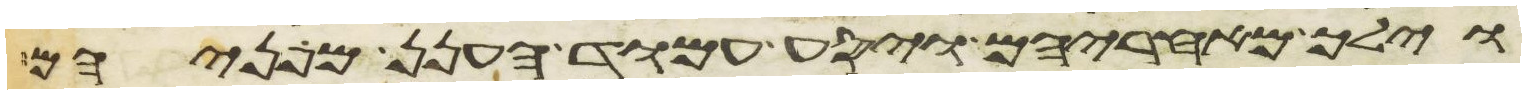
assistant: וילך מאחריהם ויסע עמוד הענן מפניהם